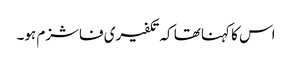
اس کا کہنا تھا کہ تکفیری فاشزم ہو۔